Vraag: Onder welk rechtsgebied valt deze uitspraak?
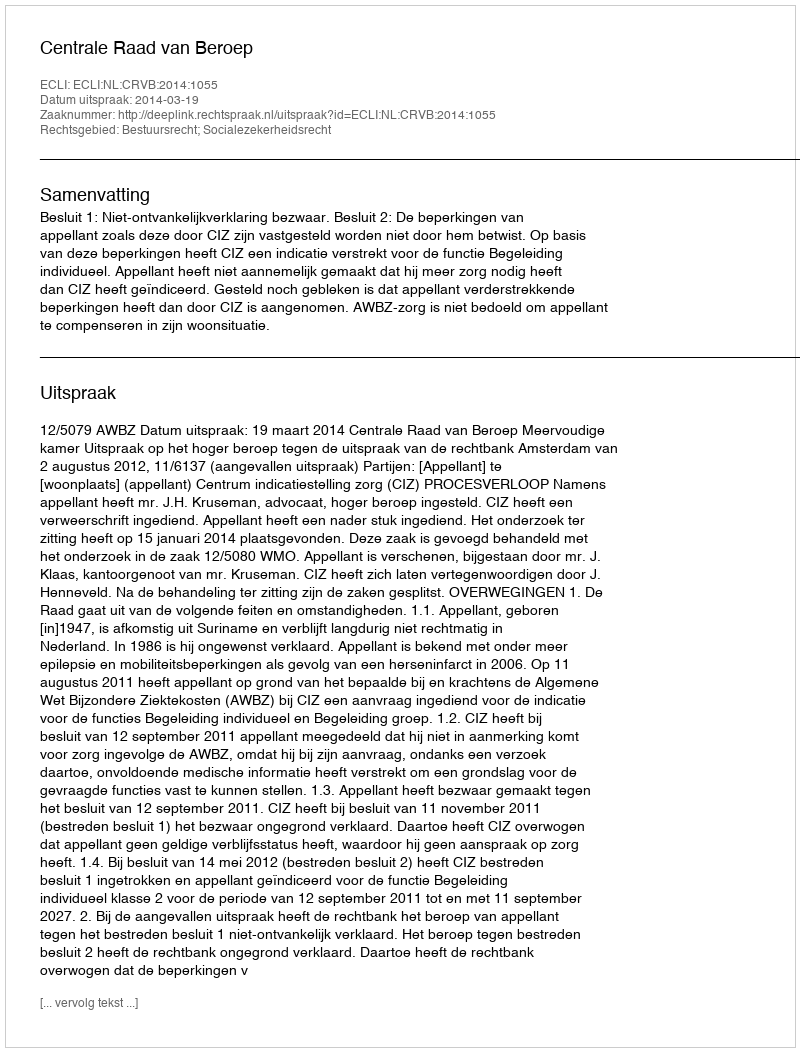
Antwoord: Bestuursrecht; Socialezekerheidsrecht